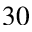
3 0